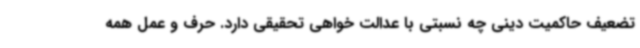
تضعیف حاکمیت دینی چه نسبتی با عدالت خواهی تحقیقی دارد. حرف و عمل همه